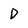
Character: D